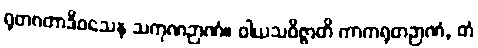
ရုတဂတာဒိဝသေန သကုဏဉာဏံ။ ဝါယသဝိဇ္ဇာတိ ကာကရုတဉာဏံ, တံ